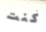
كنت